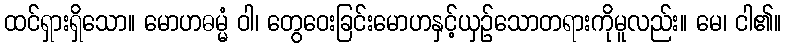
ထင်ရှားရှိသော။ မောဟဓမ္မံ ဝါ၊ တွေဝေးခြင်းမောဟနှင့်ယှဉ်သောတရားကိုမူလည်း။ မေ၊ ငါ၏။